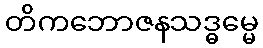
တိကဘောဇနသဒ္ဓမ္မေ